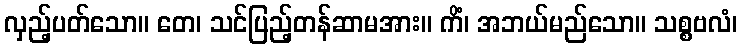
လှည့်ပတ်သော။ တေ၊ သင်ပြည့်တန်ဆာမအား။ ကိံ၊ အဘယ်မည်သော။ သစ္စဗလံ၊